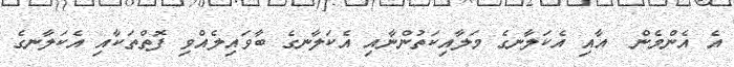
އެ އެންމެން  އާއި އެކަލާނގެ މަލާއިކަތުންނާއި އެކަލާނގެ ބާވައިލެއްވި ފޮތްތަކާއި އެކަލާނގެ